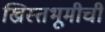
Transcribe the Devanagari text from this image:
ख्रिस्तभूमीची